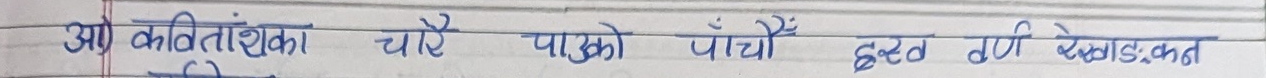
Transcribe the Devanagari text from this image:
आ कवितांशका चाँए पाउको पाँचौं दंड़ रेखाडंकन